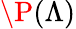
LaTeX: \P(\Lambda)